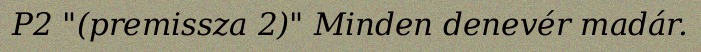
P2 "(premissza 2)" Minden denevér madár.